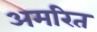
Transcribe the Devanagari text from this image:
अमरित